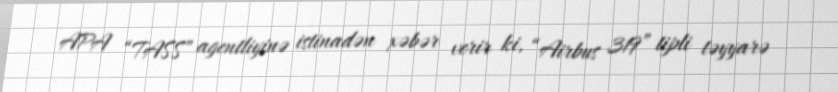
APA “TASS” agentliyinə istinadən xəbər verir ki, “Airbus 319” tipli təyyarə